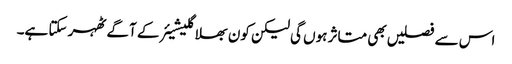
اس سے فصلیں بھی متاثر ہوں گی لیکن کون بھلا گلیشیئر کے آگے ٹھہر سکتا ہے۔